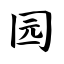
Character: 园